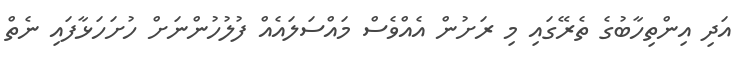
އަދި އިންތިހާބުގެ ތެރޭގައި މި ރަށުން އެއްވެސް މައްސަލައެއް ފުލުހުންނަށް ހުށަހަޅާފައި ނެތް